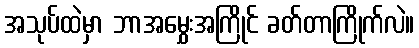
အသုပ်ထဲမှာ ဘာအမွှေးအကြိုင် ခတ်တာကြိုက်လဲ။